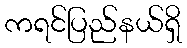
ကရင်ပြည်နယ်ရှိ